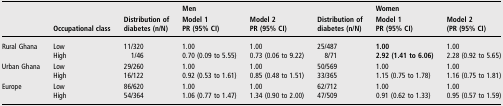
<table><thead><tr><td></td><td></td><td></td><td colspan="2"><b>Men</b></td><td></td><td><b>Women</b></td><td></td></tr><tr><td rowspan="2"><b> </b></td><td rowspan="2"><b>Occupational class</b></td><td rowspan="2"><b>Distribution of diabetes (n/N)</b></td><td><b>Model 1</b></td><td><b>Model 2</b></td><td rowspan="2"><b>Distribution of diabetes (n/N)</b></td><td><b>Model 1</b></td><td><b>Model 2</b></td></tr><tr><td><b>PR (95% CI)</b></td><td><b>PR (95% CI)</b></td><td><b>PR (95% CI)</b></td><td><b>(PR (95% CI)</b></td></tr></thead><tbody><tr><td rowspan="2">Rural Ghana</td><td>Low</td><td>11/320</td><td>1.00</td><td>1.00</td><td>25/487</td><td><b>1.00</b></td><td>1.00</td></tr><tr><td>High</td><td>1/46</td><td>0.70 (0.09 to 5.55)</td><td>0.73 (0.06 to 9.22)</td><td>8/71</td><td><b>2.92 (1.41 to 6.06)</b></td><td>2.28 (0.92 to 5.65)</td></tr><tr><td rowspan="2">Urban Ghana</td><td>Low</td><td>29/260</td><td>1.00</td><td>1.00</td><td>50/569</td><td>1.00</td><td>1.00</td></tr><tr><td>High</td><td>16/122</td><td>0.92 (0.53 to 1.61)</td><td>0.85 (0.48 to 1.51)</td><td>33/365</td><td>1.15 (0.75 to 1.78)</td><td>1.16 (0.75 to 1.81)</td></tr><tr><td rowspan="2">Europe</td><td>Low</td><td>86/620</td><td>1.00</td><td>1.00</td><td>62/712</td><td>1.00</td><td>1.00</td></tr><tr><td>High</td><td>54/364</td><td>1.06 (0.77 to 1.47)</td><td>1.34 (0.90 to 2.00)</td><td>47/509</td><td>0.91 (0.62 to 1.33)</td><td>0.95 (0.57 to 1.59)</td></tr></tbody></table>